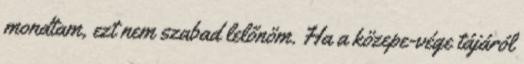
mondtam, ezt nem szabad lelőnöm. Ha a közepe-vége tájáról